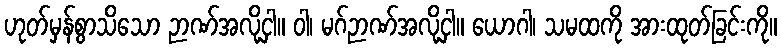
ဟုတ်မှန်စွာသိသော ဉာဏ်အလို့ငှါ။ ဝါ၊ မဂ်ဉာဏ်အလို့ငှါ။ ယောဂါ၊ သမထကို အားထုတ်ခြင်းကို။